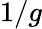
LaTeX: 1/g